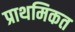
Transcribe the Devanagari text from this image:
प्राथमिकत